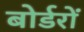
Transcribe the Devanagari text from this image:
बोर्डरों